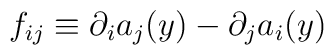
f_{ij} \equiv \partial_i a_j(y) - \partial_j a_i(y)